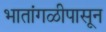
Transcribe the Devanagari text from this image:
भातांगळीपासून